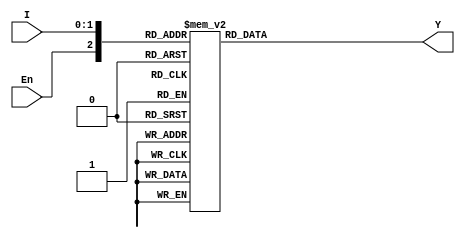
module decoder_2x4_bh(Y,I,En);
input [1:0]I;
input En; //Enable bit

output [3:0]Y;

always@(*) begin
        case({En, I})
            3'b100: Y = 4'b0001;
            3'b101: Y = 4'b0010;
            3'b110: Y = 4'b0100;
            3'b111: Y = 4'b1000;
            3'b000,
            3'b001,
            3'b010,
            3'b011: Y = 4'b0000;
            default: $display("2X4 DECODER ERROR");
        endcase
end
//Note that this is not very efficient in synthesis depending on the synthesis tool used.
endmodule